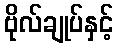
ဗိုလ်ချုပ်နှင့်